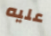
عليه